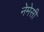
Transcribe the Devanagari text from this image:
नेमेसी